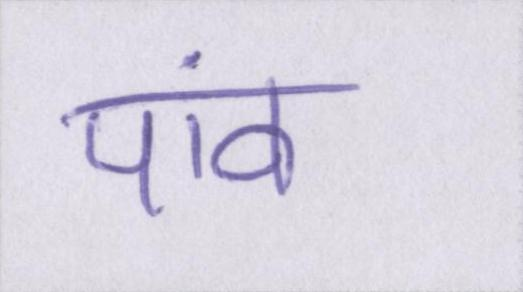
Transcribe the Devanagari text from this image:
पांव